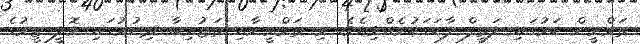
ތަމްރީން ކަމުގައި ލަތީފް ފާހަގަކުރެއްވިއެވެ. މި ތަމްރީނާއި ތަޖުރިބާ ދިނުމުގައި ވޮލީ ޓީމުގެ